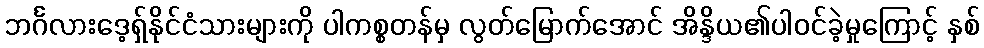
ဘင်္ဂလားဒေ့ရှ်နိုင်ငံသားများကို ပါကစ္စတန်မှ လွတ်မြောက်အောင် အိန္ဒိယ၏ပါဝင်ခဲ့မှုကြောင့် နှစ်